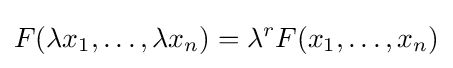
F(\lambda x_{1},\dots ,\lambda x_{n})=\lambda ^{r}F(x_{1},\dots ,x_{n})